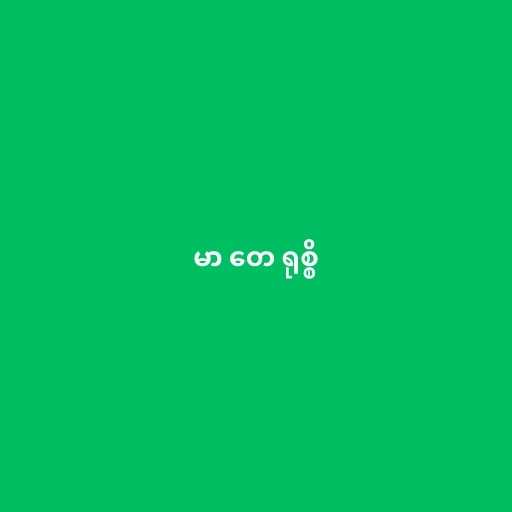
မာ တေ ရုစ္စိ